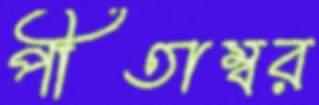
পীতাম্বর